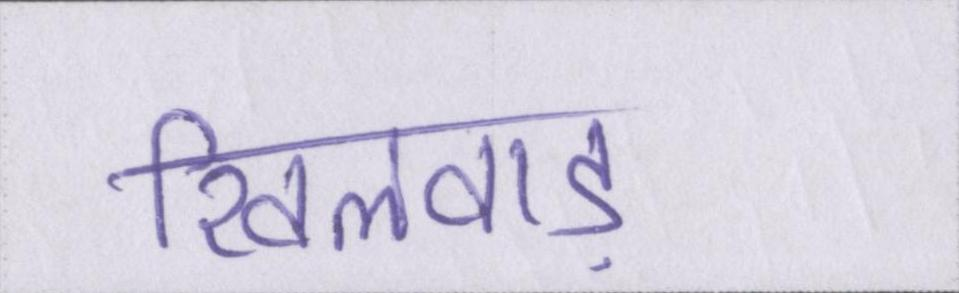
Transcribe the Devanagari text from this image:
खिलवाड़